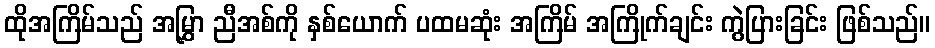
ထိုအကြိမ်သည် အမြွှာ ညီအစ်ကို နှစ်ယောက် ပထမဆုံး အကြိမ် အကြိုက်ချင်း ကွဲပြားခြင်း ဖြစ်သည်။